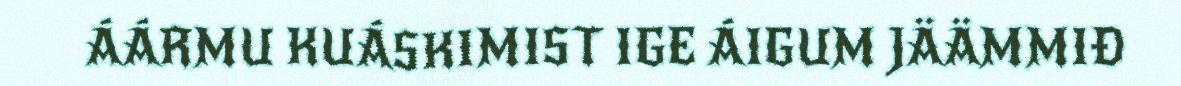
ÁÁRMU KUÁSKIMIST IGE ÁIGUM JÄÄMMIĐ